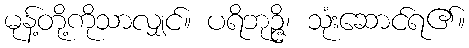
မုန့်တို့ကိုသာလျှင်။ ပရိဘုဉ္ဇိ၊ သုံးဆောင်ရ၏။